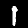
Digit: 1